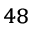
^ { 4 8 }